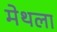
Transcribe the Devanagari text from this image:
मेथला